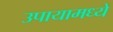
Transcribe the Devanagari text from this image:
उपायामध्ये